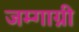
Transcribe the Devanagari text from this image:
जम्गाग्नी